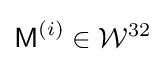
{\textsf {M}}^{(i)}\in {\mathcal {W}}^{32}